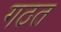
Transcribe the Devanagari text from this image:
गठत